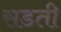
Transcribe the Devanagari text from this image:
सडती